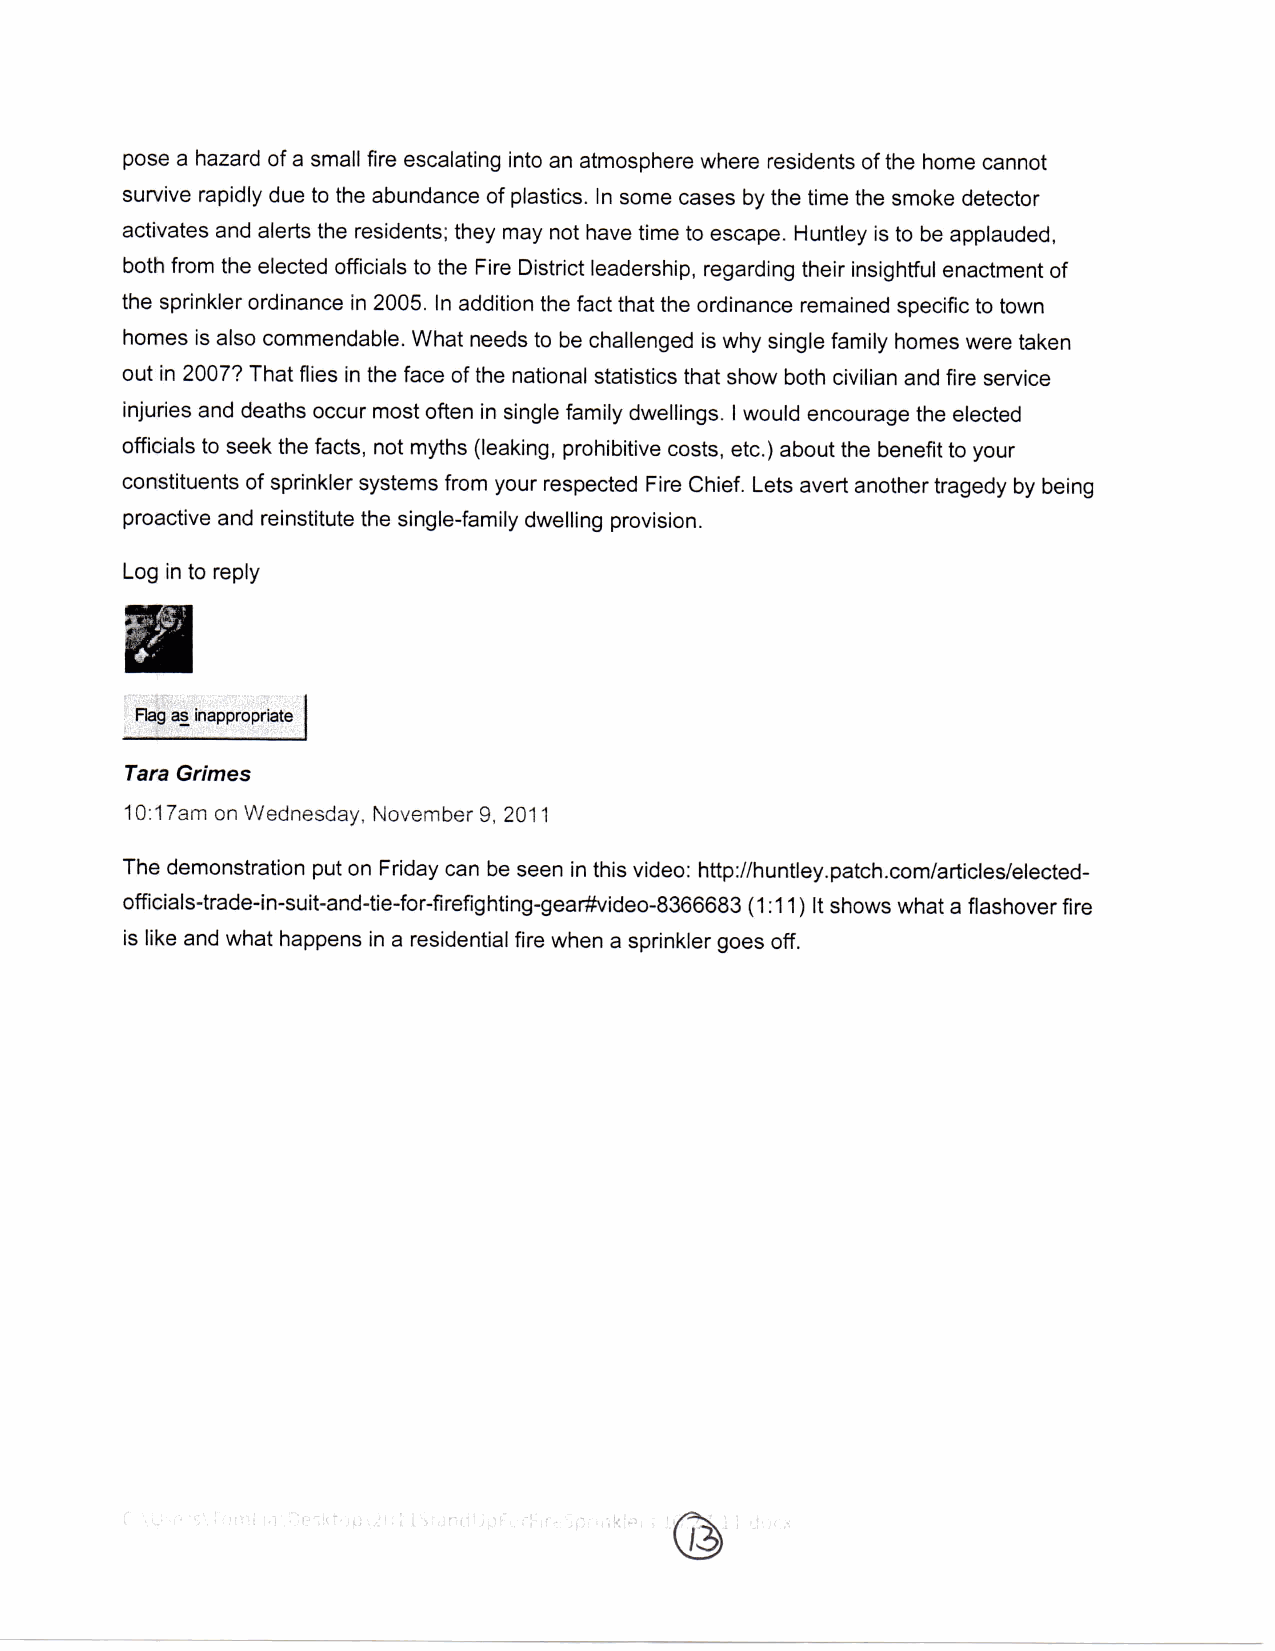
pose a hazard of a small fire escalating into an atmosphere where residents of the home cannot
 survive rapidly due to the abundance of plastics. In some cases by the time the smoke detector
 activates and alerts the residents; they may not have time to escape. Huntley is to be applauded,
 both from the elected officials to the Fire District leadership, regarding their insightful enactment of
 the sprinkler ordinance in 2005. In addition the fact that the ordinance remained specific to town
 homes is also commendable. What needs to be challenged is why single family homes were taken
 out in 2007? That flies in the face of the national statistics that show both civilian and fire service
 injuries and deaths occur most often in single family dwellings. I would encourage the elected
 officials to seek the facts, not myths (leaking, prohibitive costs, etc.) about the benefit to your
 constituents of sprinkler systems from your respected Fire Chief. Lets avert another tragedy by being
 proactive and reinstitute the single-family dwelling provision.
 Log in to reply
 Tara Grimes
 10:17am on Wednesday, November 9, 2011
 The demonstration put on Friday can be seen in this video: http://huntley.patch.com/articles/elected-
 officials-trade-in-suit-and-tie-for-firefighting-gear#video-8366683 (1:11) It shows what a flashover fire
 is like and what happens in a residential fire when a sprinkler goes off.